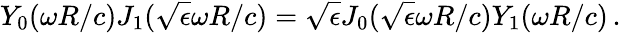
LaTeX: Y_{0}(\omega R/c)J_{1}(\sqrt{\epsilon}\omega R/c)=\sqrt{\epsilon}J_{0}(\sqrt{\epsilon}\omega R/c)Y_{1}(\omega R/c)\, .